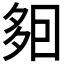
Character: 𡖣